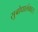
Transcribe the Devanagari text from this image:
सुबोधालंकार।